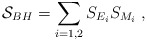
\begin{align*}{\cal S}_{BH}=\sum_{i=1,2}S_{E_i}S_{M_i} \; , \end{align*}